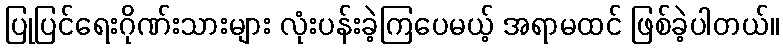
ပြုပြင်ရေးဂိုဏ်းသားများ လုံးပန်းခဲ့ကြပေမယ့် အရာမထင် ဖြစ်ခဲ့ပါတယ်။